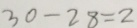
3 0 - 2 8 = 2